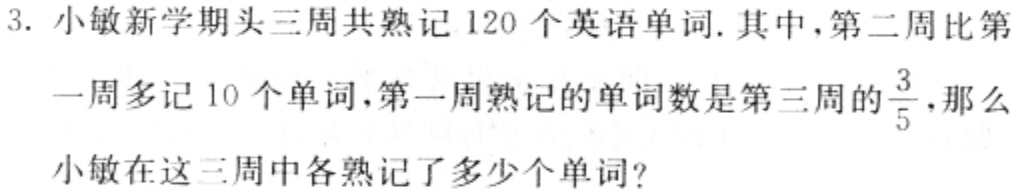
3. 小敏新学期头三周共熟记 120 个英语单词. 其中,第二周比第一周多记 10 个单词,第一周熟记的单词数是第三周的$\frac{3}{5}$,那么小敏在这三周中各熟记了多少个单词?